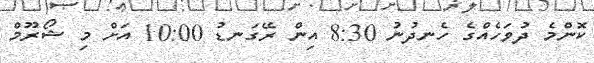
ކޮންމެ ދުވަހެއްގެ ހެނދުނު 8:30 އިން ރޭގަނޑު 10:00 އަށް މި ޝޯރޫމް